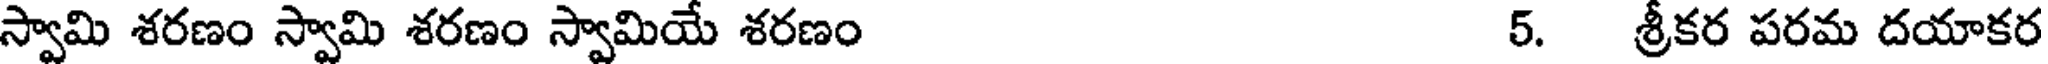
స్వామి శరణం స్వామి శరణం స్వామియే శరణం 5. శ్రీకర పరమ దయాకర